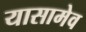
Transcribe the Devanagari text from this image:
यासामेव